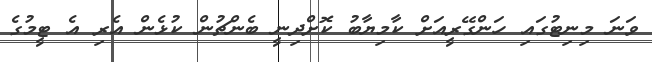
ވަނަ މިނިޓުގައި ހަންގޭރީއަށް ކާމިޔާބު ކޮށްދިނީ ބެންޗުން ކުޅެން އެރި އެ ޓީމުގެ